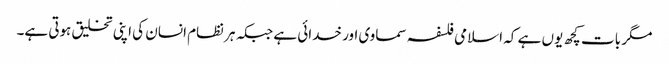
مگر بات کچھ یوں ہے کہ اسلامی فلسفہ سماوی اور خدائی ہے جبکہ ہر نظام انسان کی اپنی تخلیق ہوتی ہے۔